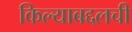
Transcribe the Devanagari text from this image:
किल्याबद्दलची